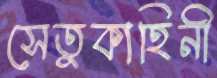
সেতুকাহিনী